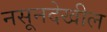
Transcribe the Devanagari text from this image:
नसूनदेखील